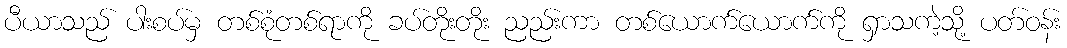
ပီယာသည် ပါးစပ်မှ တစ်စုံတစ်ရာကို ခပ်တိုးတိုး ညည်းကာ တစ်ယောက်ယောက်ကို ရှာသကဲ့သို့ ပတ်ဝန်း